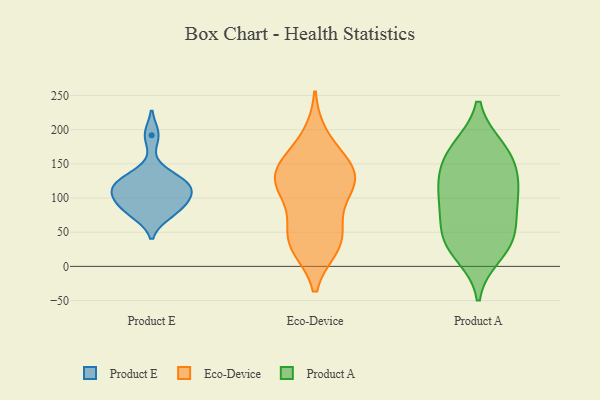
{"axis": {"x": "Shipments", "y": "Value"}, "legend": ["Eco-Device", "Product A", "Product E"], "data": [{"x": "", "y": 118, "type": "Product E"}, {"x": "", "y": 113, "type": "Product E"}, {"x": "", "y": 91, "type": "Product E"}, {"x": "", "y": 81, "type": "Product E"}, {"x": "", "y": 100, "type": "Product E"}, {"x": "", "y": 127, "type": "Product E"}, {"x": "", "y": 109, "type": "Product E"}, {"x": "", "y": 132, "type": "Product E"}, {"x": "", "y": 76, "type": "Product E"}, {"x": "", "y": 192, "type": "Product E"}, {"x": "", "y": 34, "type": "Eco-Device"}, {"x": "", "y": 44, "type": "Eco-Device"}, {"x": "", "y": 154, "type": "Eco-Device"}, {"x": "", "y": 112, "type": "Eco-Device"}, {"x": "", "y": 189, "type": "Eco-Device"}, {"x": "", "y": 36, "type": "Eco-Device"}, {"x": "", "y": 147, "type": "Eco-Device"}, {"x": "", "y": 116, "type": "Eco-Device"}, {"x": "", "y": 132, "type": "Eco-Device"}, {"x": "", "y": 130, "type": "Eco-Device"}, {"x": "", "y": 30, "type": "Eco-Device"}, {"x": "", "y": 131, "type": "Eco-Device"}, {"x": "", "y": 78, "type": "Eco-Device"}, {"x": "", "y": 126, "type": "Product A"}, {"x": "", "y": 136, "type": "Product A"}, {"x": "", "y": 173, "type": "Product A"}, {"x": "", "y": 174, "type": "Product A"}, {"x": "", "y": 17, "type": "Product A"}, {"x": "", "y": 113, "type": "Product A"}, {"x": "", "y": 42, "type": "Product A"}, {"x": "", "y": 45, "type": "Product A"}, {"x": "", "y": 139, "type": "Product A"}, {"x": "", "y": 87, "type": "Product A"}, {"x": "", "y": 45, "type": "Product A"}, {"x": "", "y": 88, "type": "Product A"}, {"x": "", "y": 90, "type": "Product A"}, {"x": "", "y": 168, "type": "Product A"}, {"x": "", "y": 27, "type": "Product A"}]}